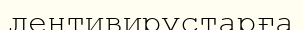
лентивирустарға